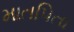
માતપિતા